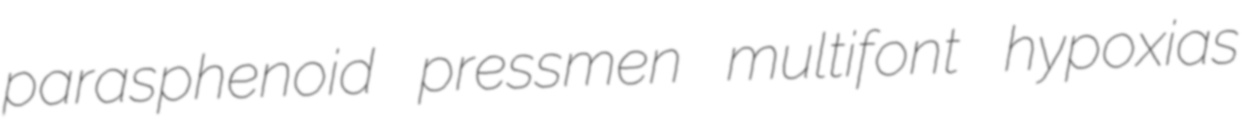
parasphenoid pressmen multifont hypoxias